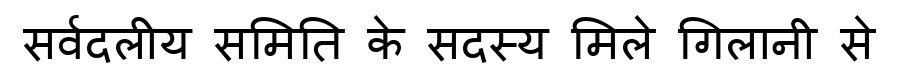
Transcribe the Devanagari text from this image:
सर्वदलीय समिति के सदस्य मिले गिलानी से